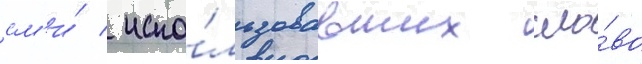
см'и́ / испо́льзовавших сло́во